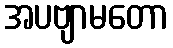
အပဗျာမတော